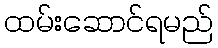
ထမ်းဆောင်ရမည်